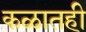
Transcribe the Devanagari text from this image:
कळातही